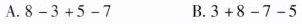
A.8-3+5-7 B.3+8-7-5